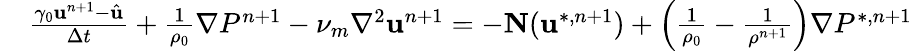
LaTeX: \begin{array}{rl}{\small}&{{}\frac{\gamma_{0}\textbf{u}^{n+1}-\hat{\textbf{u}}}{\Delta t}+\frac{1}{\rho_{0}}\nabla P^{n+1}-\nu_{m}\nabla^{2}\textbf{u}^{n+1}=-\textbf{N}(\textbf{u}^{*,n+1})+\left(\frac{1}{\rho_{0}}-\frac{1}{\rho^{n+1}}\right)\nabla P^{*,n+1}}\end{array}